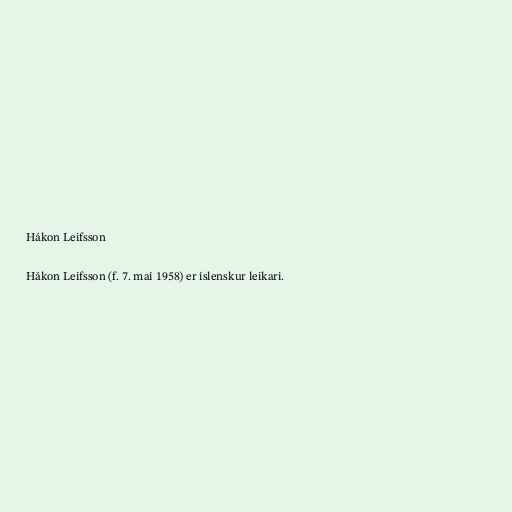
Hákon Leifsson

Hákon Leifsson (f. 7. maí 1958) er íslenskur leikari.